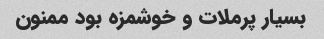
بسیار پرملات و خوشمزه بود ممنون